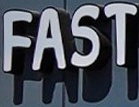
FAST